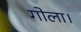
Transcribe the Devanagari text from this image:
गोला।